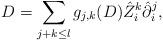
LaTeX: \begin{align*} D = \sum_{j + k \leq l} g_{j,k}(D) \hat{Z}_i^k \hat{\partial}_i^j, \end{align*}